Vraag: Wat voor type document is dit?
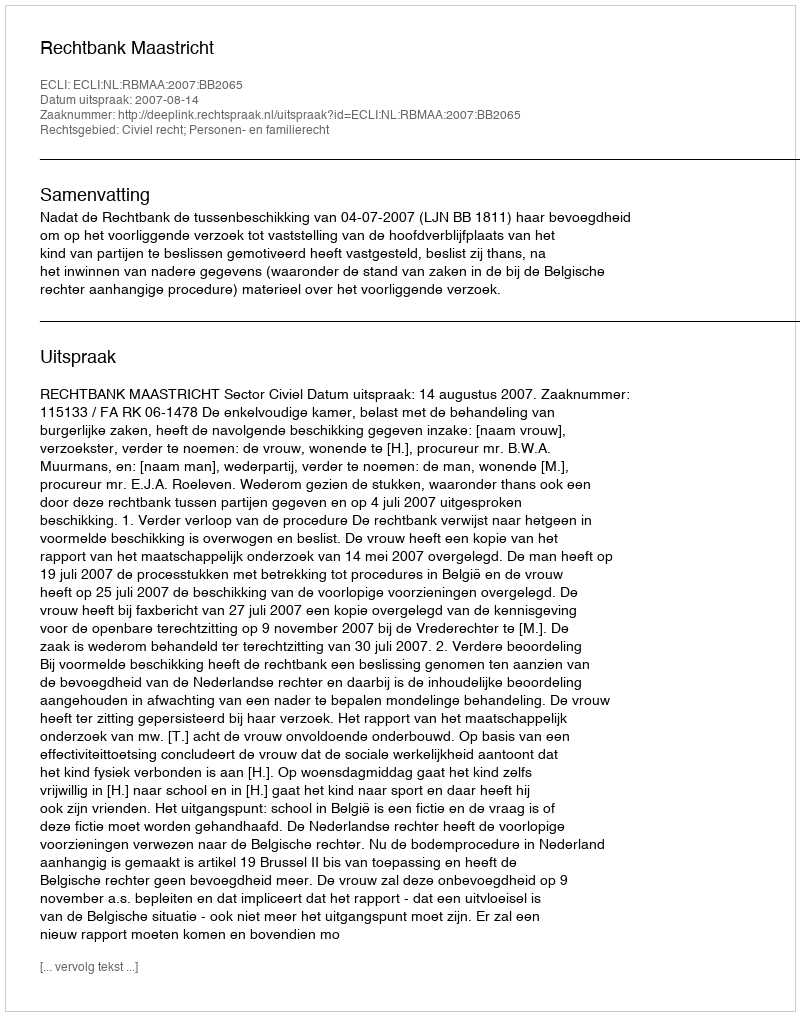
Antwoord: Uitspraak